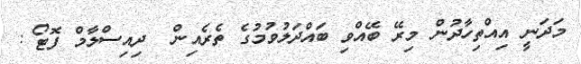
މަދަނީ އިއްތިހާދުން މިރޭ ބޭއްވި ބައްދަލުވުމުގެ ތެރެއިން  ދިއިސްލާމް ފޮޓޯ :